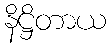
နိဋ္ဌိတာယ